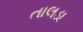
તાલડા